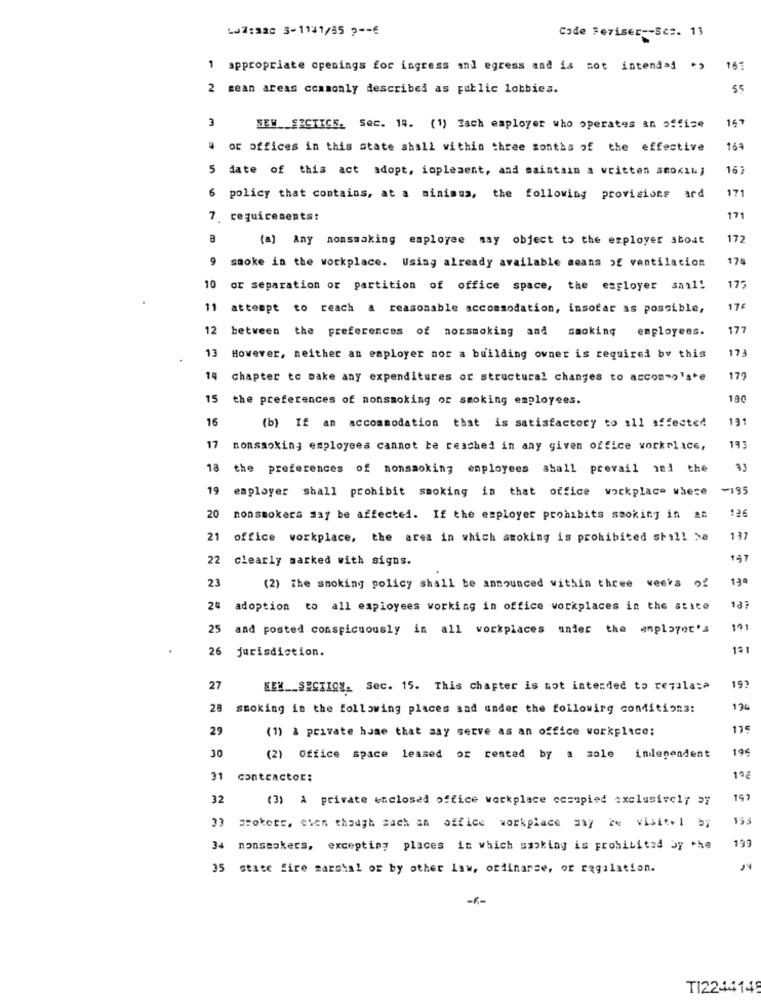
LJlisa 5-1141/85 2 -- €
Code Feriser -- Ses. 13
1 appropriate openings for ingress and egress and is not intended
167
2 mean areas commonly described as public lobbies.
55
3
167
NEM SECTICK. Sec. 14. (1) Each employer who operates an office
or offices in this state shall within three months of the effective
169
5
date of this act adopt, implement, and maintain a written amoxil;
6
171
policy that contains, at a minimus, the following provisions !
7 requirements:
171
(a) Any momsmaking employee may object to the employer about
172
9
174
smoke in the workplace. Using already available means of ventilacion
10
or separation or partition of office space, the employer sail!
175
11 attempt to reach a reasonable accommodation, insofar as possible,
17¢
12
177
between the preferences of nonsmoking and smoking employees.
173
13 However, neither an employer nor a building ovner is required by this
14 chapter to make any expenditures of structural changes to accommodate
179
15 the preferences of nonsmoking or smoking employees.
180
16
131
(b) If an accommodation that is satisfactory to all affected
17
nonsmoking employees cannot be reached in any given office workplace,
191
18
preferences of nonsmoking employees shall prevail ind the
19
employer shall prohibit smoking in that office workplace where
-195
20
126
nonsmokers may be affected. If the employer prohibits smoking in &#
21
office workplace, the area in which smoking is prohibited shall be
137
22
clearly marked with signs.
141
23
13ª
(2) The smoking policy shall be announced within three weeks of
24 adoption to all employees working in office workplaces in the atite
183
25 and posted conspicuously in all workplaces under the employer's
191
26 jurisdiction.
191
27
NEM __ SECTION_ Sec. 15. This chapter is not intended to regulate
28 smoking in the following places sad under the following conditions:
194
29
(1) & private huse that aay serve as an office workplace;
196
30
(2) Office space leased or rented by a sole independent
31
contractor:
32
(3) A private enclosed office workplace occupied exclusively ay
197
Brokers, even though sach an office workplace any be visitel by
199
34
nonsmokers, excepting places in which sasking is prohibited by the
state fire marshal or by other law, ordinarse, or regulation.
-K-
TI2244148